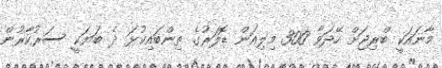
މާނައަކީ ބްރިޖަށް ހޭދަވާ 300 މިލިއަން ޑޮލަރުގެ ތިންބައިކުޅަ ދެ ބަޔަކީ ސަރުކާރުން